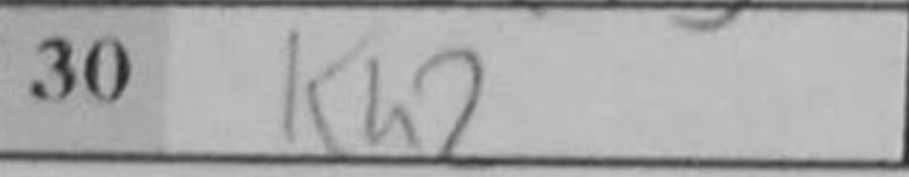
Transcription: Kh2